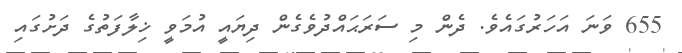
655 ވަނަ އަހަރުގައެވެ. ދެން މި ސަރަޙައްދުވެގެން ދިޔައީ އުމަވީ ޚިލާފަތުގެ ދަށުގައި